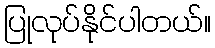
ပြုလုပ်နိုင်ပါတယ်။